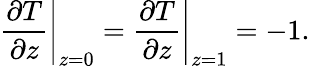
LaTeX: \left.\frac{\partial T}{\partial z}\right|_{z=0}=\left.\frac{\partial T}{\partial z}\right|_{z=1}=-1.